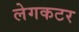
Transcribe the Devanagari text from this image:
लेगकटर